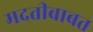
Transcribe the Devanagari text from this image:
मदतीबाबत